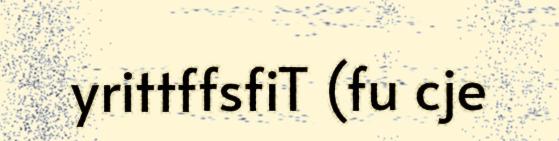
yrittffsfiT (fu cje